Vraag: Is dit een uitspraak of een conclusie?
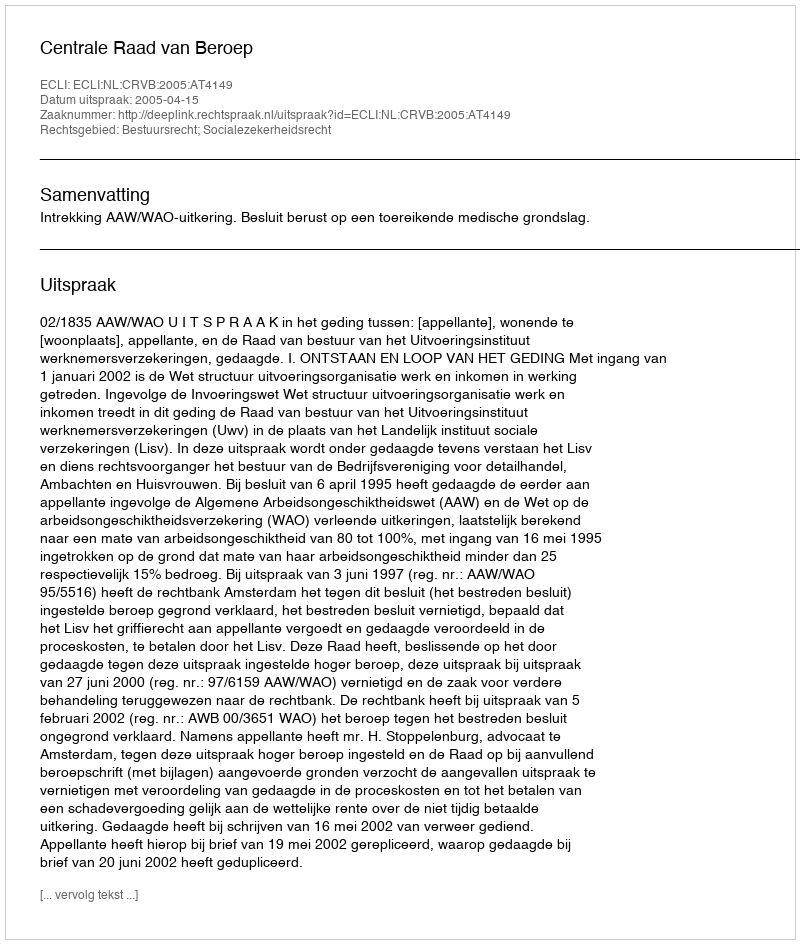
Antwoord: Uitspraak